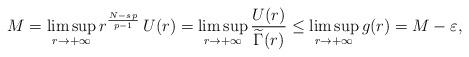
LaTeX: \begin{align*}M=\limsup_{r\to +\infty} r^{\frac{N-s\,p}{p-1}}\,U(r)=\limsup_{r\to+\infty} \frac{U(r)}{\widetilde\Gamma(r)}\leq \limsup_{r\to +\infty} g(r)= M-\varepsilon,\end{align*}